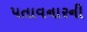
પતાવનારની